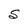
Character: S